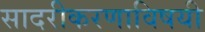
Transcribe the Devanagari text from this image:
सादरीकरणाविषयी